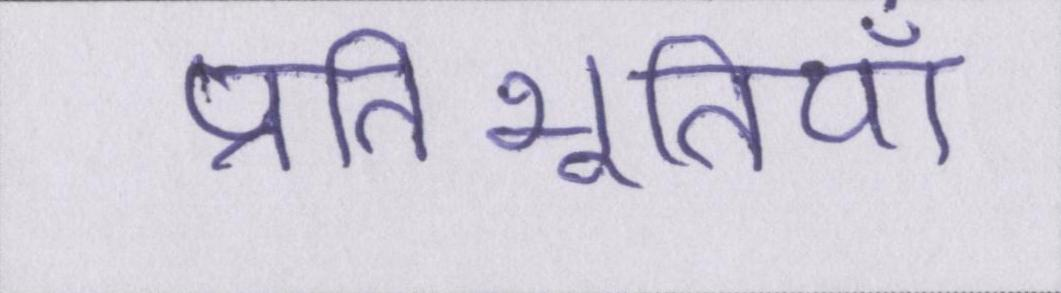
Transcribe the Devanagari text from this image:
प्रतिभूतियाँ